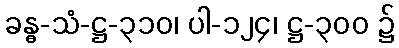
ခန္ဓ-သံ-ဋ္ဌ-၃၁၀၊ ပါ-၁၂၄၊ ဋ္ဌ-၃၀၀ ၌